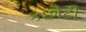
કછૌટી